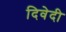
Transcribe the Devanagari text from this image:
दिवेदी